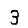
Digit: 3